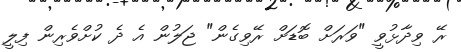
ރޭ ވިދާޅުވީ "ވަރަށް ބޮޑަށް ރޭވިގެން" ޖަލުން އެ ދެ ކުށްވެރިން ފިލީ